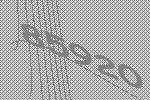
85920